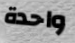
واحدة